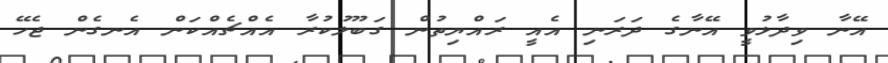
އޭނާ ވިދާޅުވީ އޭނާގެ ދަރަނި އެއީ ރައްޔިތުން ގަބޫލުކުރާ އެއްޗެއްކަން އެނގެން ޖެހޭ